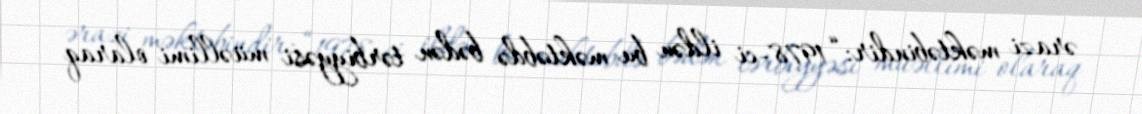
ərazi məktəbindir: “1978-ci ildən bu məktəbdə bədən tərbiyyəsi müəllimi olaraq